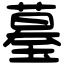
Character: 𦻒